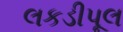
લકડીપૂલ